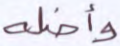
وأضله